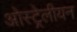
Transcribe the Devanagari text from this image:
ओस्ट्रेलीयन